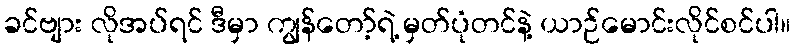
ခင်ဗျား လိုအပ်ရင် ဒီမှာ ကျွန်တော့်ရဲ့ မှတ်ပုံတင်နဲ့ ယာဉ်မောင်းလိုင်စင်ပါ။